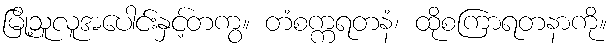
မြို့သူလူအပေါင်းနှင့်တကွ။ တံစက္ကရတနံ၊ ထိုစကြာရတနာကို။